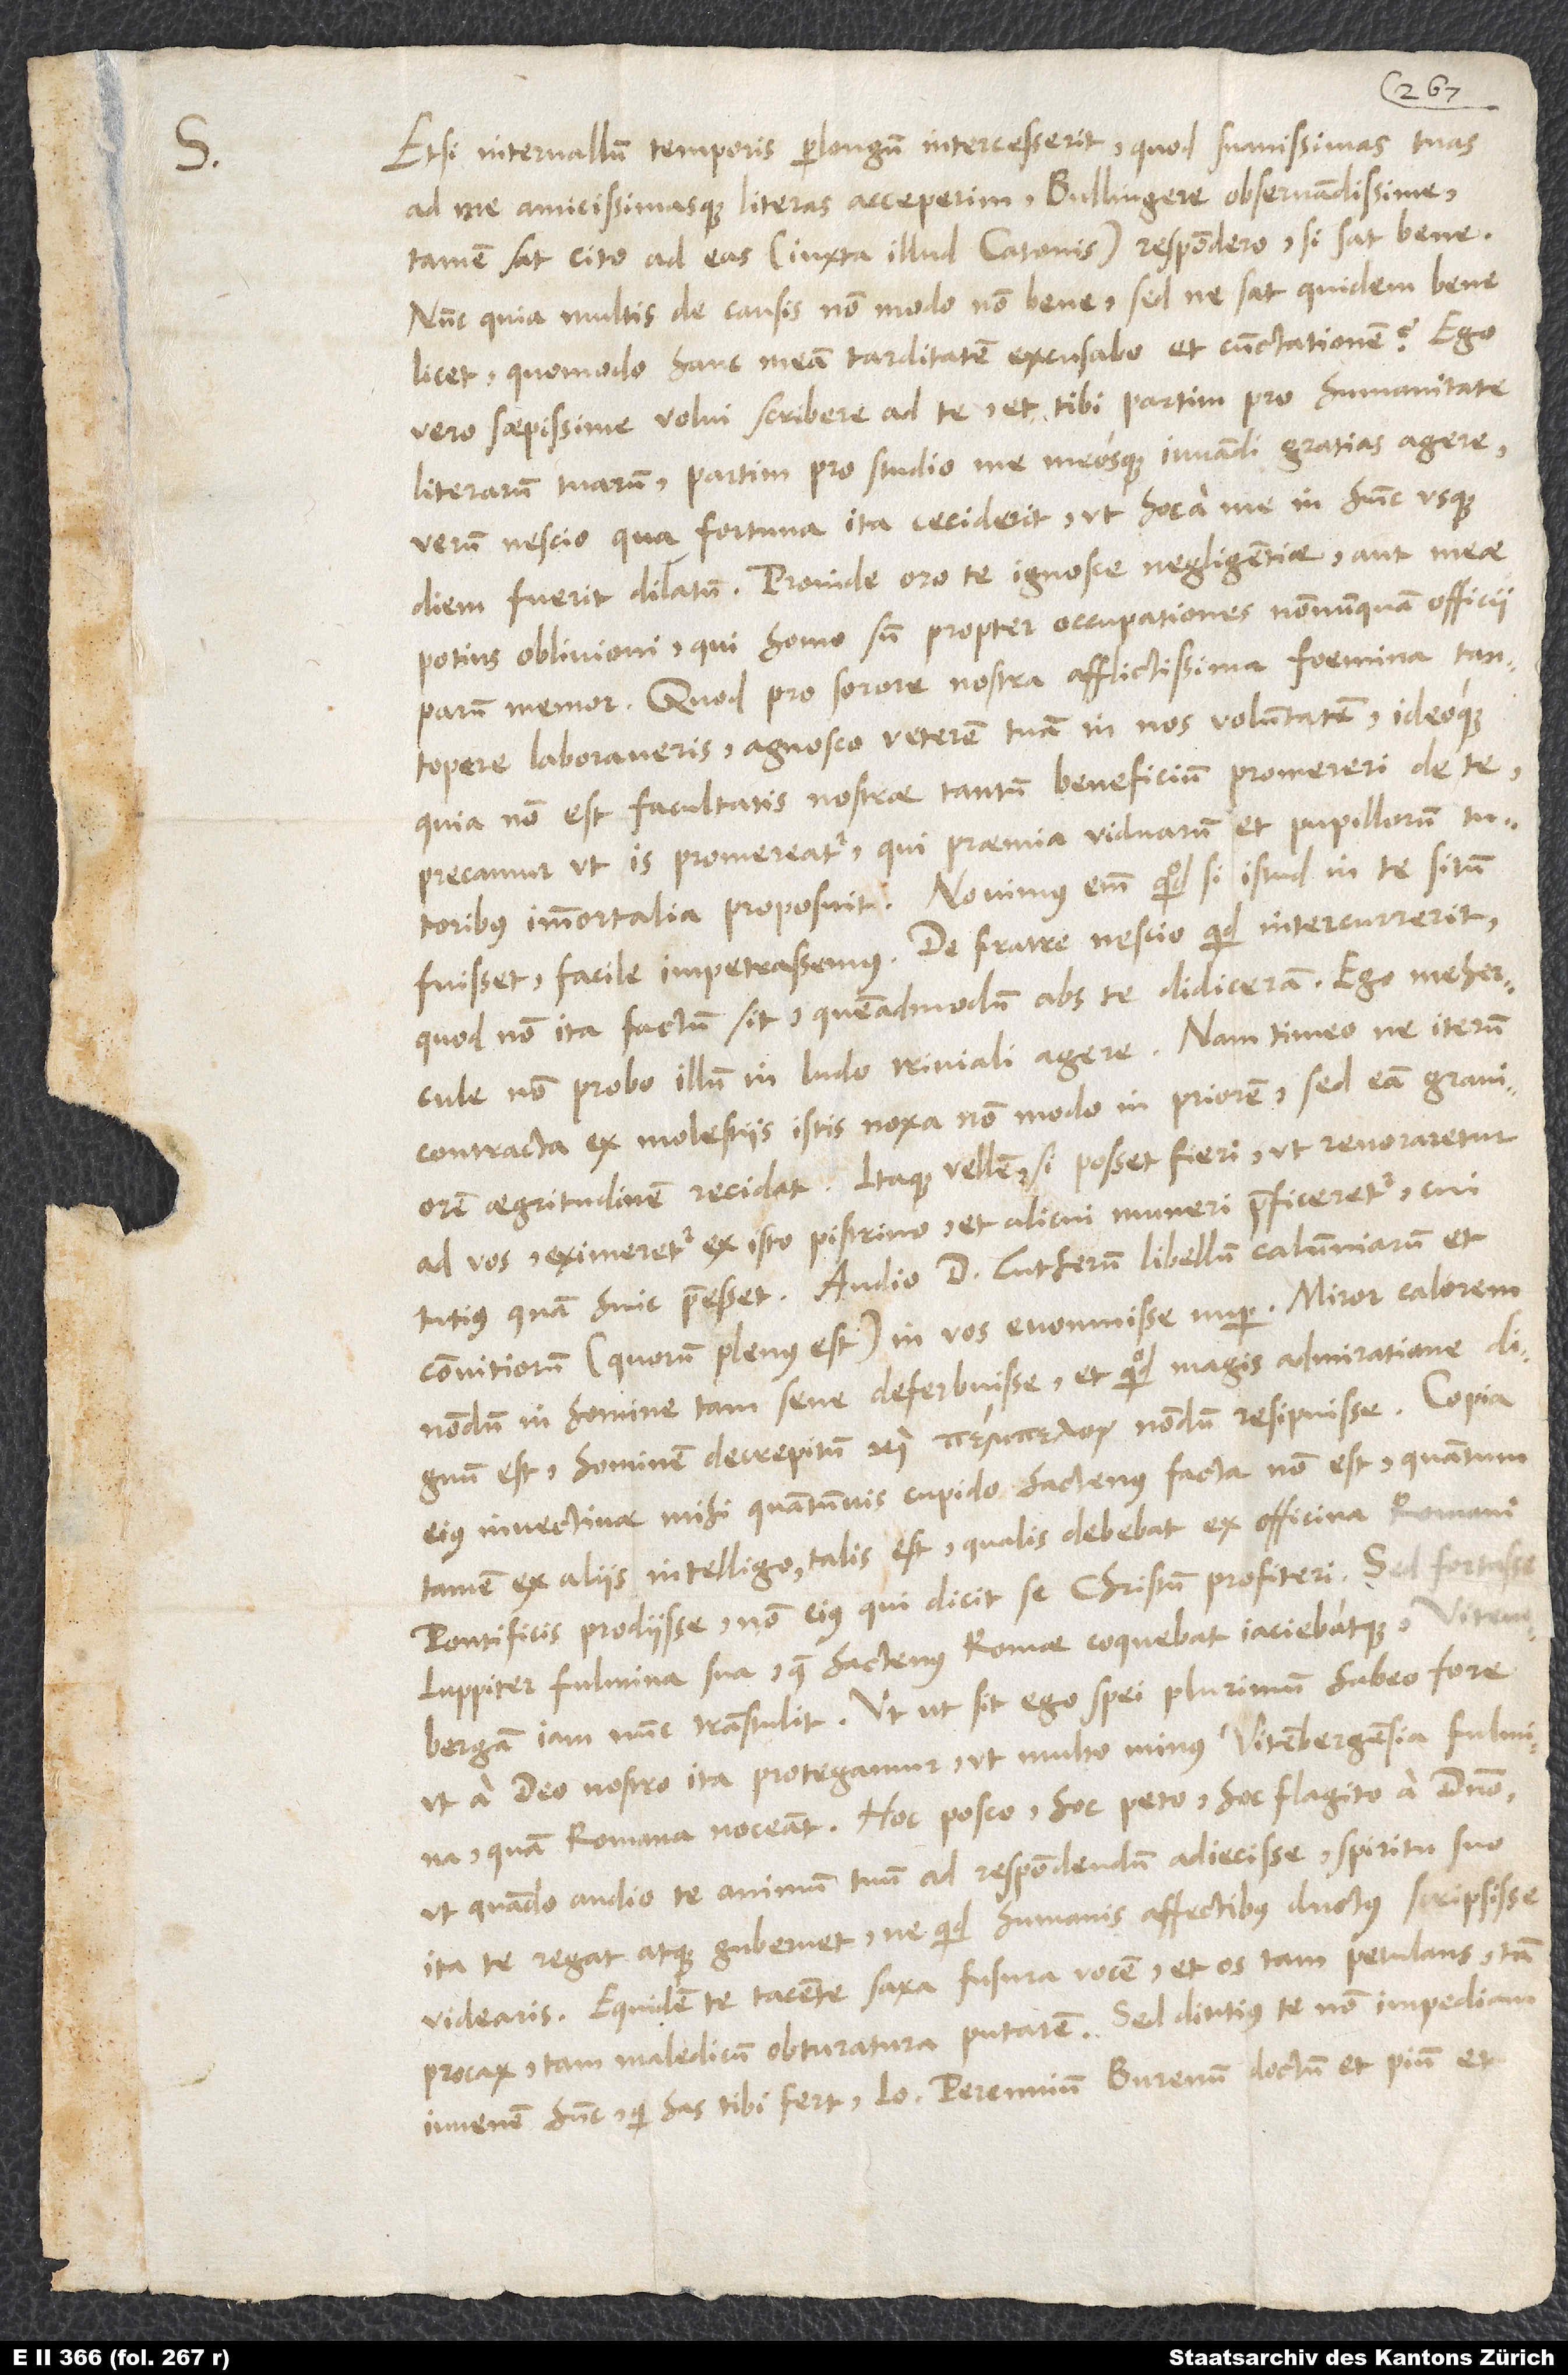
S.

Etsi intervallum temporis perlongum intercesserit, quod suavissimis tuas
ad me amicissimasque literas acceperim, Bullingere observandissime,
tamen sat cito ad eas (iuxta illud Catonis) respondero, si sat bene.
Nunc quia multis de causis non modo non bene, sed ne sat quidem bene
licet, quomodo hanc meam tarditatem excusabo et cunctationem? Ego
vero saepissime volui scribere ad te et tibi partim pro humanitate
literarum tuarum, partim pro studio me meosque iuvandi gratias agere.
Verum nescio qua fortuna ita ceciderit, ut hoc a me in hunc usque
diem fuerit dilatum. Proinde oro te, ignosce negligentiae aut meae
potius oblivioni, qui homo sum propter occupationes nonnunquam officii
parum memor. Quod pro sorore nostra, afflictissima foemina, tantopere
laboraveris, agnosco veterem tuam in nos voluntatem ideoque,
quia non est facultatis nostrae tantum beneficium promereri de te,
precamur, ut is promereatur, qui praemia viduarum et pupillorum tutoribus
immortalia proposuit. Novimus enim, quod, si istud in te situm
fuisset, facile impetrassemus. De fratre nescio quid intercurrerit,
quod non ita factum sit, quemadmodum abs te didiceram. Ego mehercule
non probo illum in ludo triviali agere. Nam timeo, ne iterum
contracta ex molestiis istis noxa non modo in priorem, sed ea graviorem
aegritudinem recidat. Itaque vellem, si posset fieri, ut revocaretur
ad vos, eximeretur ex isto pistrino et alicui muneri praeficeretur, cui
tutius quam huic praeesset. Audio d. Lutherum libellum calumniarum et
convitiorum (quorum plenus est) in vos evomuisse nuper. Miror calorem
nondum in homine tam sene deferbuisse et, quod magis admiratione dignum
est, hominem decrepitum nondum resipuisse. Copia
eius invectivae mihi quantumvis cupido hactenus facta non est. Quantum
tamen ex aliis intelligo, talis est, qualis debebat ex officina Romani
pontificis prodiisse, non eius, qui dicit se Christum profiteri. Sed fortasse
Iuppiter fulmina sua, quae hactenus Romae coquebat iaciebatque, Vitembergam
iam nunc transtulit. Utut sit, ego spei plurimum habeo fore,
ut a deo nostro ita protegamur, ut multo minus Vitembergensia fulmina
quam Romana noceant. Hoc posco, hoc peto, hoc flagito a domino,
ut, quando audio te animum tuum ad respondendum adiecisse, spiritu suo
ita te regat atque gubernet, ne quid humanis affectibus ductus scripsisse
videaris. Equidem te tacente saxa fusura vocem et os tam petulans, tam
procax, tam maledicum obturatura putarem. Sed diutius te non impediam.
Iuvenem hunc, qui has tibi fert, Ioannem Perennium Burenum, doctum et pium et